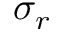
\sigma _ { r }